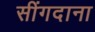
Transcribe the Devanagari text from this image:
सींगदाना